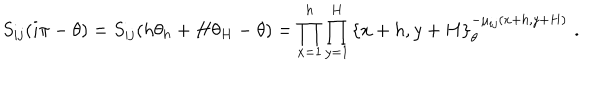
S _ { i j } ( i \pi - \theta ) = S _ { i j } ( h \theta _ { h } + H \theta _ { H } - \theta ) = \prod _ { x = 1 } ^ { h } \prod _ { y = 1 } ^ { H } \left\{ x + h , y + H \right\} _ { \theta } ^ { - \mu _ { i j } ( x + h , y + H ) } \, \, .